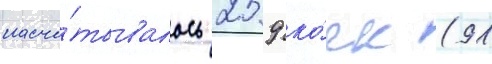
насчи́тывалось 259 ко́ек (91